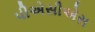
પીએસીએસ